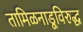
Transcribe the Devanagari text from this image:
तामिळनाडूविरुद्ध